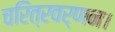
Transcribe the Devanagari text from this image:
चरित्रवर्णन।